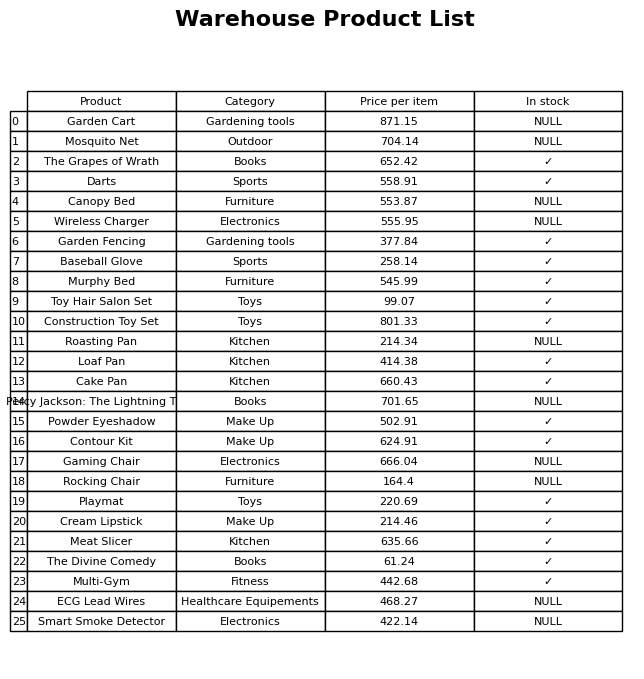
question: What is the price for Contour Kit?
answer: The price of Contour Kit is 624.91.